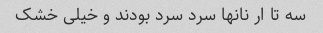
سه تا ار نانها سرد سرد بودند و خیلی خشک